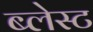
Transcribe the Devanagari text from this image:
ब्लेस्ट